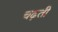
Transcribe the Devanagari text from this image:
चढ़़ती